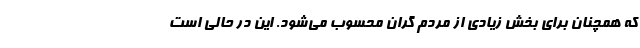
که همچنان برای بخش زیادی از مردم گران محسوب می‌شود. این در حالی است